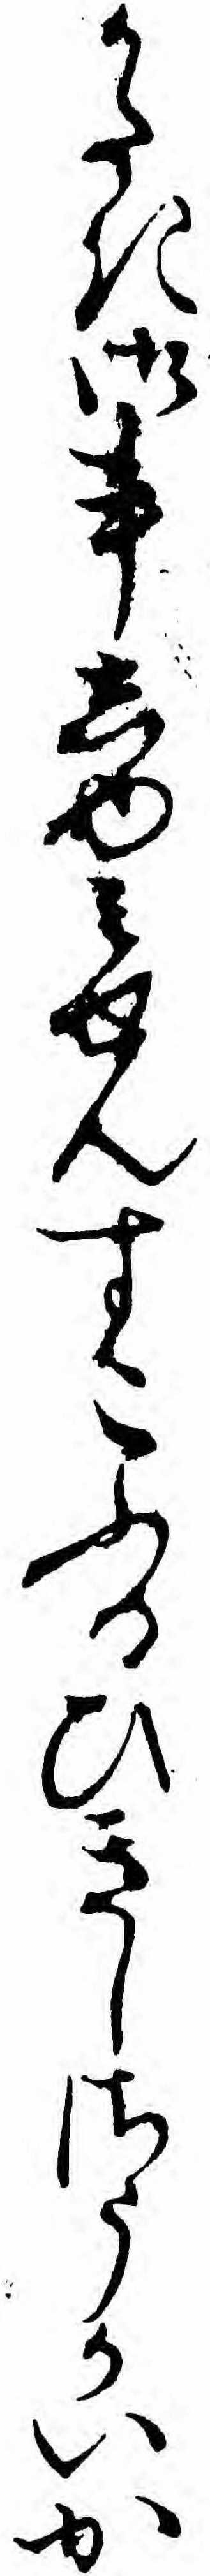
かたき御事しゆミせんすこふるひきしさうかいか